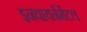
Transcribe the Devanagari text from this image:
इनवायर्नमेंटल